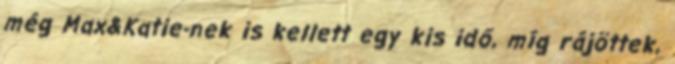
még Max&Katie-nek is kellett egy kis idő, míg rájöttek,